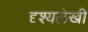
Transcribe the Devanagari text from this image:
दृश्यलेखी